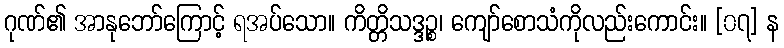
ဂုဏ်၏ အာနုဘော်ကြောင့် ရအပ်သော။ ကိတ္တိသဒ္ဒဉ္စ၊ ကျော်စောသံကိုလည်းကောင်း။ [၀၇] န